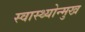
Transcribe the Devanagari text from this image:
स्वास्थ्योन्मुख